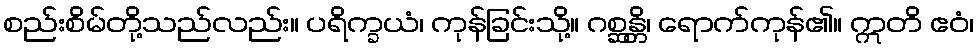
စည်းစိမ်တို့သည်လည်း။ ပရိက္ခယံ၊ ကုန်ခြင်းသို့။ ဂစ္ဆန္တိ၊ ရောက်ကုန်၏။ ဣတိ ဧဝံ၊